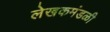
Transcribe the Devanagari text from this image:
लेखकमंडळी